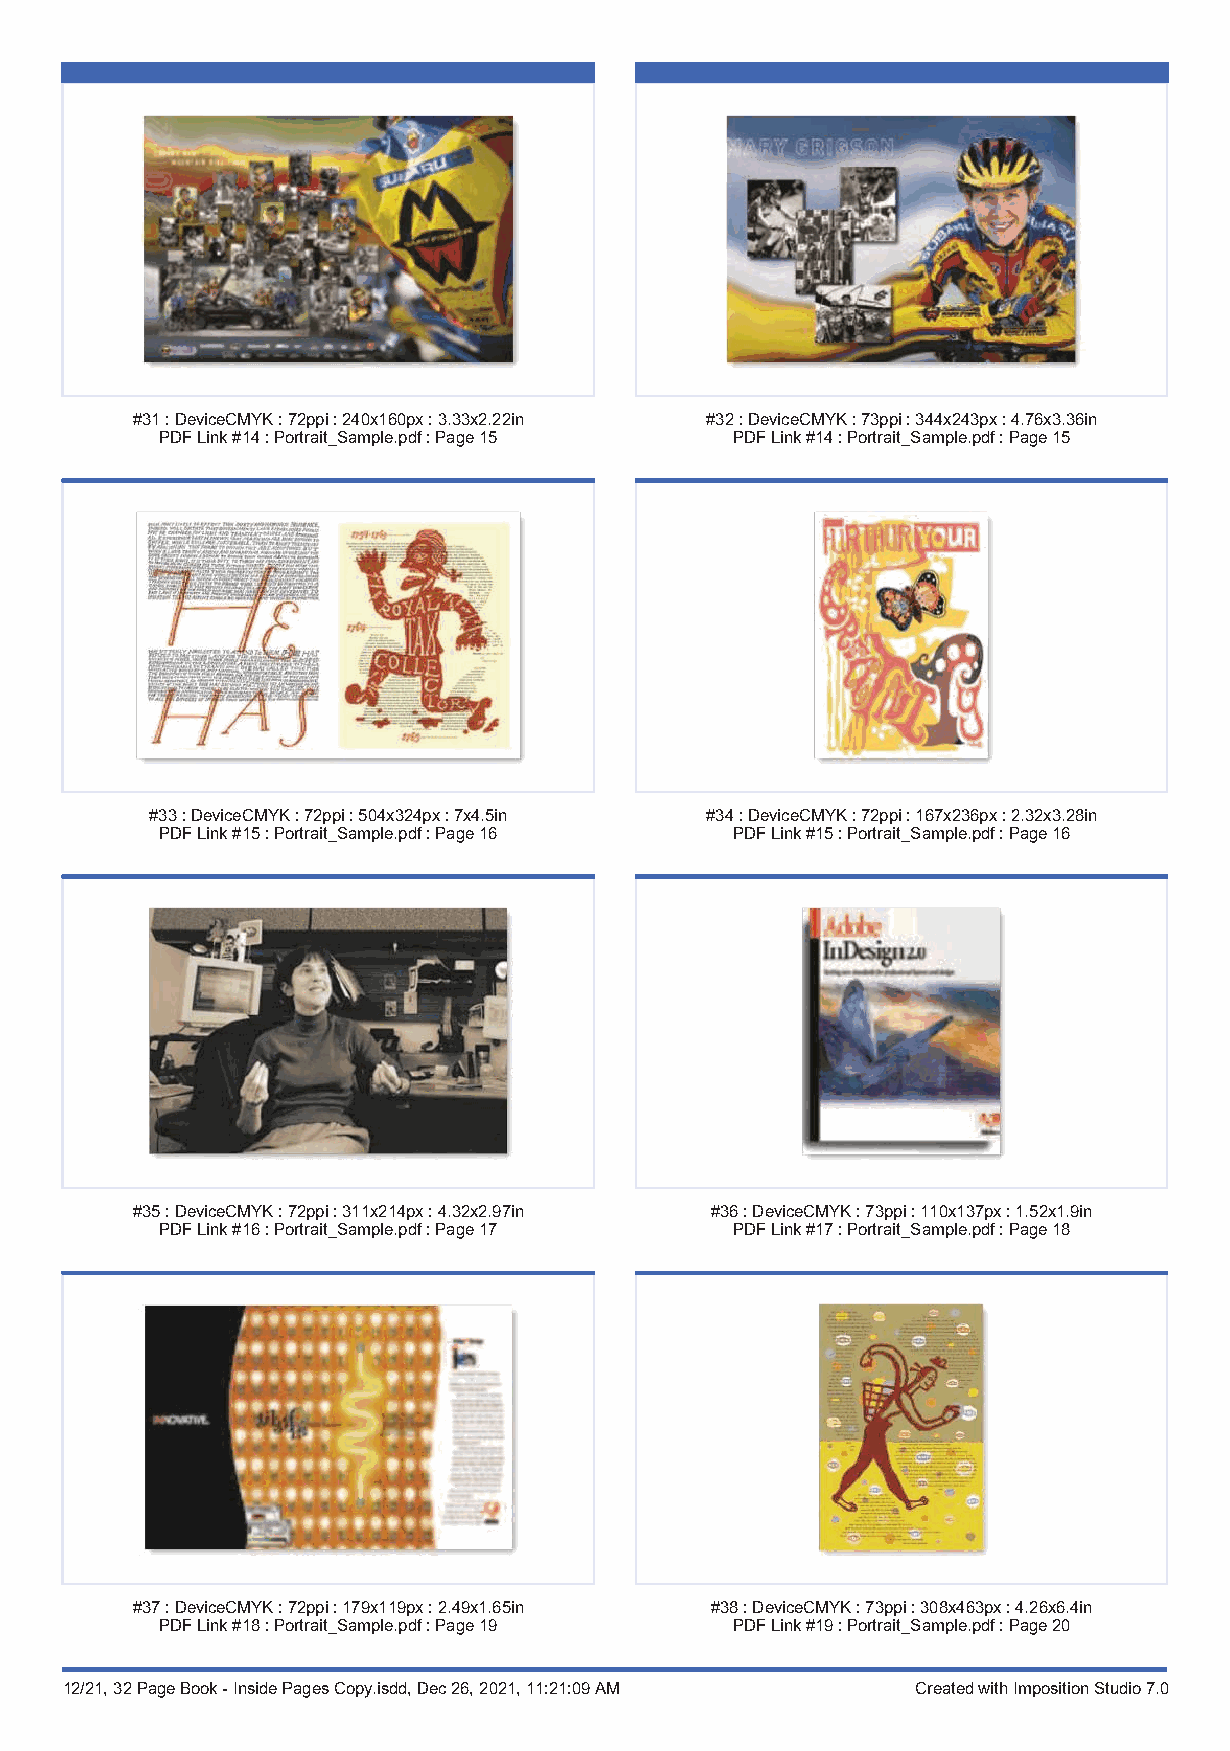
#31:DeviceCMYK:72ppi:240x160px:3.33x2.22in #32:DeviceCMYK:73ppi:344x243px:4.76x3.36in
 PDFLink#14:Portrait_Sample.pdf:Page15 PDFLink#14:Portrait_Sample.pdf:Page15
 #33:DeviceCMYK:72ppi:504x324px:7x4.5in #34:DeviceCMYK:72ppi:167x236px:2.32x3.28in
 PDFLink#15:Portrait_Sample.pdf:Page16 PDFLink#15:Portrait_Sample.pdf:Page16
 #35:DeviceCMYK:72ppi:311x214px:4.32x2.97in #36:DeviceCMYK:73ppi:110x137px:1.52x1.9in
 PDFLink#16:Portrait_Sample.pdf:Page17 PDFLink#17:Portrait_Sample.pdf:Page18
 #37:DeviceCMYK:72ppi:179x119px:2.49x1.65in #38:DeviceCMYK:73ppi:308x463px:4.26x6.4in
 PDFLink#18:Portrait_Sample.pdf:Page19 PDFLink#19:Portrait_Sample.pdf:Page20
 12/21, 32 Page Book - Inside Pages Copy.isdd, Dec 26, 2021, 11:21:09 AM Created with Imposition Studio 7.0